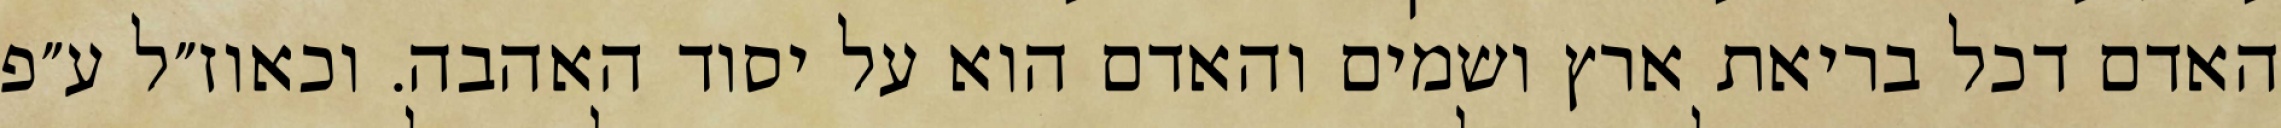
האדם דכל בריאת ארץ ושמים והאדם הוא על יסוד האהבה. וכאוז״ל ע״פ